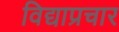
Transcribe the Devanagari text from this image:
विद्याप्रचार